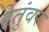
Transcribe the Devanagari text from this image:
हेतुंवर